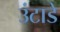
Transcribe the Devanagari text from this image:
उंटाडे